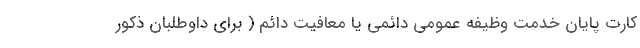
کارت پایان خدمت وظیفه عمومی دائمی یا معافیت دائم ( برای داوطلبان ذکور